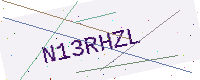
Text: N13RHZL